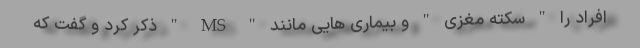
افراد را " سکته مغزی " و بیماری هایی مانند " MS " ذکر کرد و گفت که